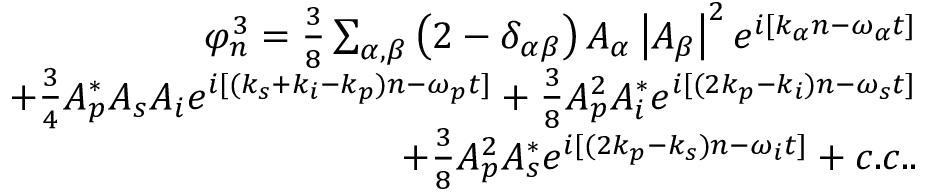
\begin{array} { r } { \varphi _ { n } ^ { 3 } = \frac { 3 } { 8 } \sum _ { \alpha , \beta } \left( 2 - \delta _ { \alpha \beta } \right) A _ { \alpha } \left| A _ { \beta } \right| ^ { 2 } e ^ { i [ k _ { \alpha } n - \omega _ { \alpha } t ] } } \\ { + \frac { 3 } { 4 } A _ { p } ^ { * } A _ { s } A _ { i } e ^ { i [ ( k _ { s } + k _ { i } - k _ { p } ) n - \omega _ { p } t ] } + \frac { 3 } { 8 } A _ { p } ^ { 2 } A _ { i } ^ { * } e ^ { i [ ( 2 k _ { p } - k _ { i } ) n - \omega _ { s } t ] } } \\ { + \frac { 3 } { 8 } A _ { p } ^ { 2 } A _ { s } ^ { * } e ^ { i [ ( 2 k _ { p } - k _ { s } ) n - \omega _ { i } t ] } + c . c . . } \end{array}